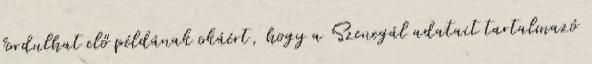
fordulhat elő példának okáért, hogy a Szenegál adatait tartalmazó